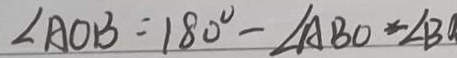
\angle A O B = 1 8 0 ^ { \circ } - \angle A B O - \angle B a